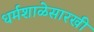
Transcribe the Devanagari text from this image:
धर्मशाळेसारखी